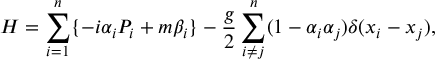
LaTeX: H = \sum _ { i = 1 } ^ { n } \{ - i \alpha _ { i } P _ { i } + m \beta _ { i } \} - \frac { g } { 2 } \sum _ { i \neq j } ^ { n } ( 1 - \alpha _ { i } \alpha _ { j } ) \delta ( x _ { i } - x _ { j } ) ,